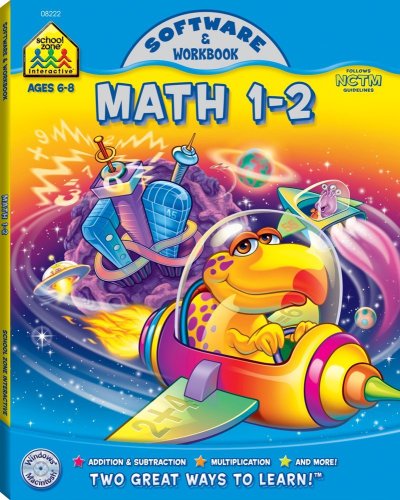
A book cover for Math 1-2: Software & Workbook; School Zone Interactive; Children's Books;